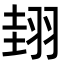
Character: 𦐰